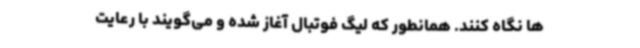
ها نگاه کنند. همانطور که لیگ فوتبال آغاز شده و می‌گویند با رعایت